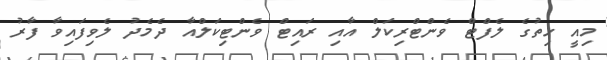
މިއީ ހިތުގެ ލެފްޓް ވެންޓްރިކަލް އާއި ރައިޓް ވެންޓިކަލްއާ ދެމެދު ލެވިފައިވާ ފާރު